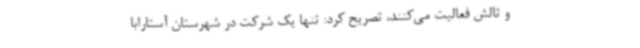
و تالش فعالیت می‌کنند، تصریح کرد: تنها یک شرکت در شهرستان آستارابا